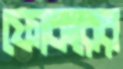
ফোকরের